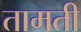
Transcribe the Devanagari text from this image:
तामती